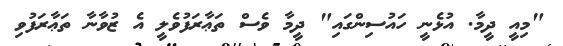
"މިއީ ދީމާ. އުޅެނީ ހައުސިންގައި" ދީމާ ވެސް ތަޢާރަފުވެލީ އެ ޒުވާނާ ތަޢާރަފުވި